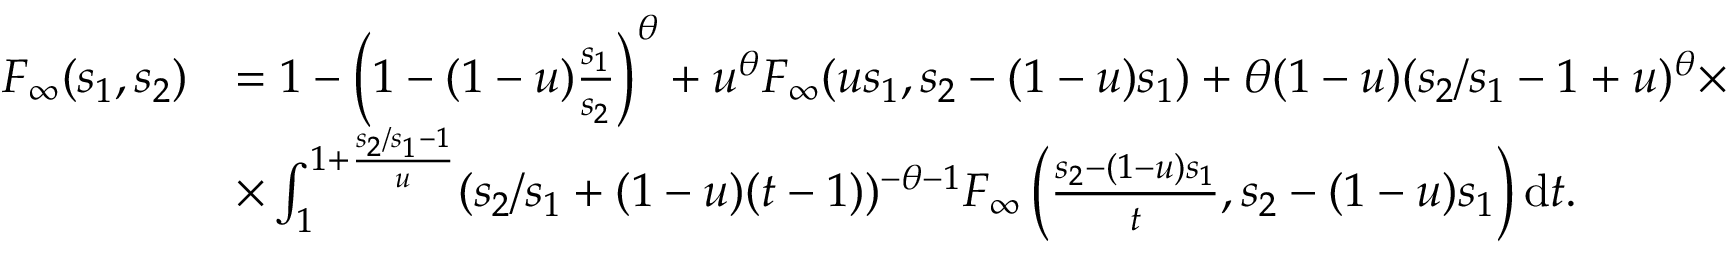
\begin{array} { r l } { F _ { \infty } ( s _ { 1 } , s _ { 2 } ) } & { = 1 - \left( 1 - ( 1 - u ) \frac { s _ { 1 } } { s _ { 2 } } \right) ^ { \theta } + u ^ { \theta } F _ { \infty } ( u s _ { 1 } , s _ { 2 } - ( 1 - u ) s _ { 1 } ) + \theta ( 1 - u ) ( s _ { 2 } / s _ { 1 } - 1 + u ) ^ { \theta } \times } \\ & { \times \int _ { 1 } ^ { 1 + \frac { s _ { 2 } / s _ { 1 } - 1 } { u } } ( s _ { 2 } / s _ { 1 } + ( 1 - u ) ( t - 1 ) ) ^ { - \theta - 1 } F _ { \infty } \left( \frac { s _ { 2 } - ( 1 - u ) s _ { 1 } } { t } , s _ { 2 } - ( 1 - u ) s _ { 1 } \right) \mathrm { d } t . } \end{array}